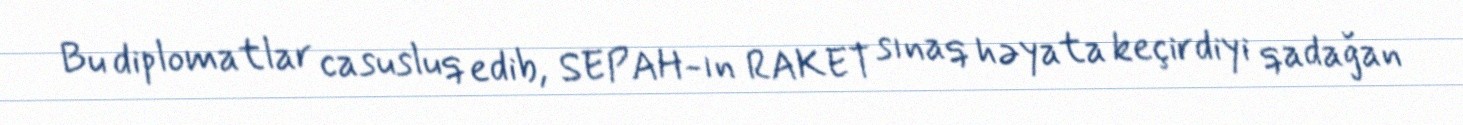
Bu diplomatlar casusluq edib, SEPAH-ın RAKET sınaq həyata keçirdiyi qadağan